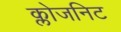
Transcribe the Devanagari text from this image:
क्लोजनिट